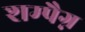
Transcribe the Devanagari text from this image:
शम्पैग्न